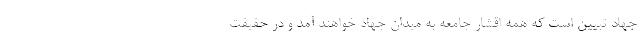
جهاد تبیین است که همه اقشار جامعه به میدان جهاد خواهند آمد و در حقیقت